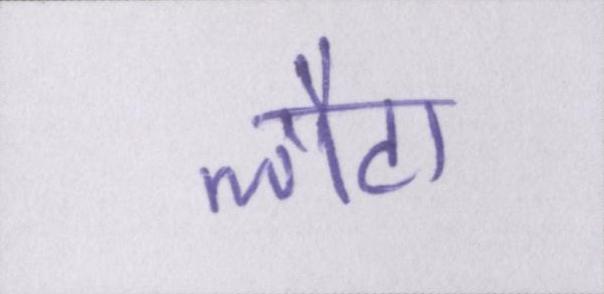
लौटा